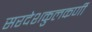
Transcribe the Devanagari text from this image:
सरदेशकुलकर्णी